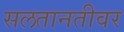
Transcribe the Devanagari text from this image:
सलतानतीवर